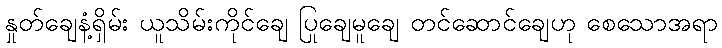
နှုတ်ချေနံ့ရှိမ်း ယူသိမ်းကိုင်ချေ ပြုချေမူချေ တင်ဆောင်ချေဟု စေသောအရာ